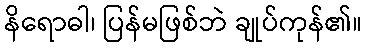
နိရောဓါ၊ ပြန်မဖြစ်ဘဲ ချုပ်ကုန်၏။